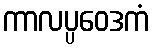
ကာလပ္ပဝေဒကံ